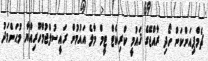
ޗެމްޕިއަންކަން ހޯދި ރާއްޖޭގެ ޤައުމީ ކްރިކެޓް ޓީމް މާލެ އައުމުން ރައީސުލްޖުމްހޫރިއްޔާ މުޙަންމަދު